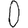
Digit: 0